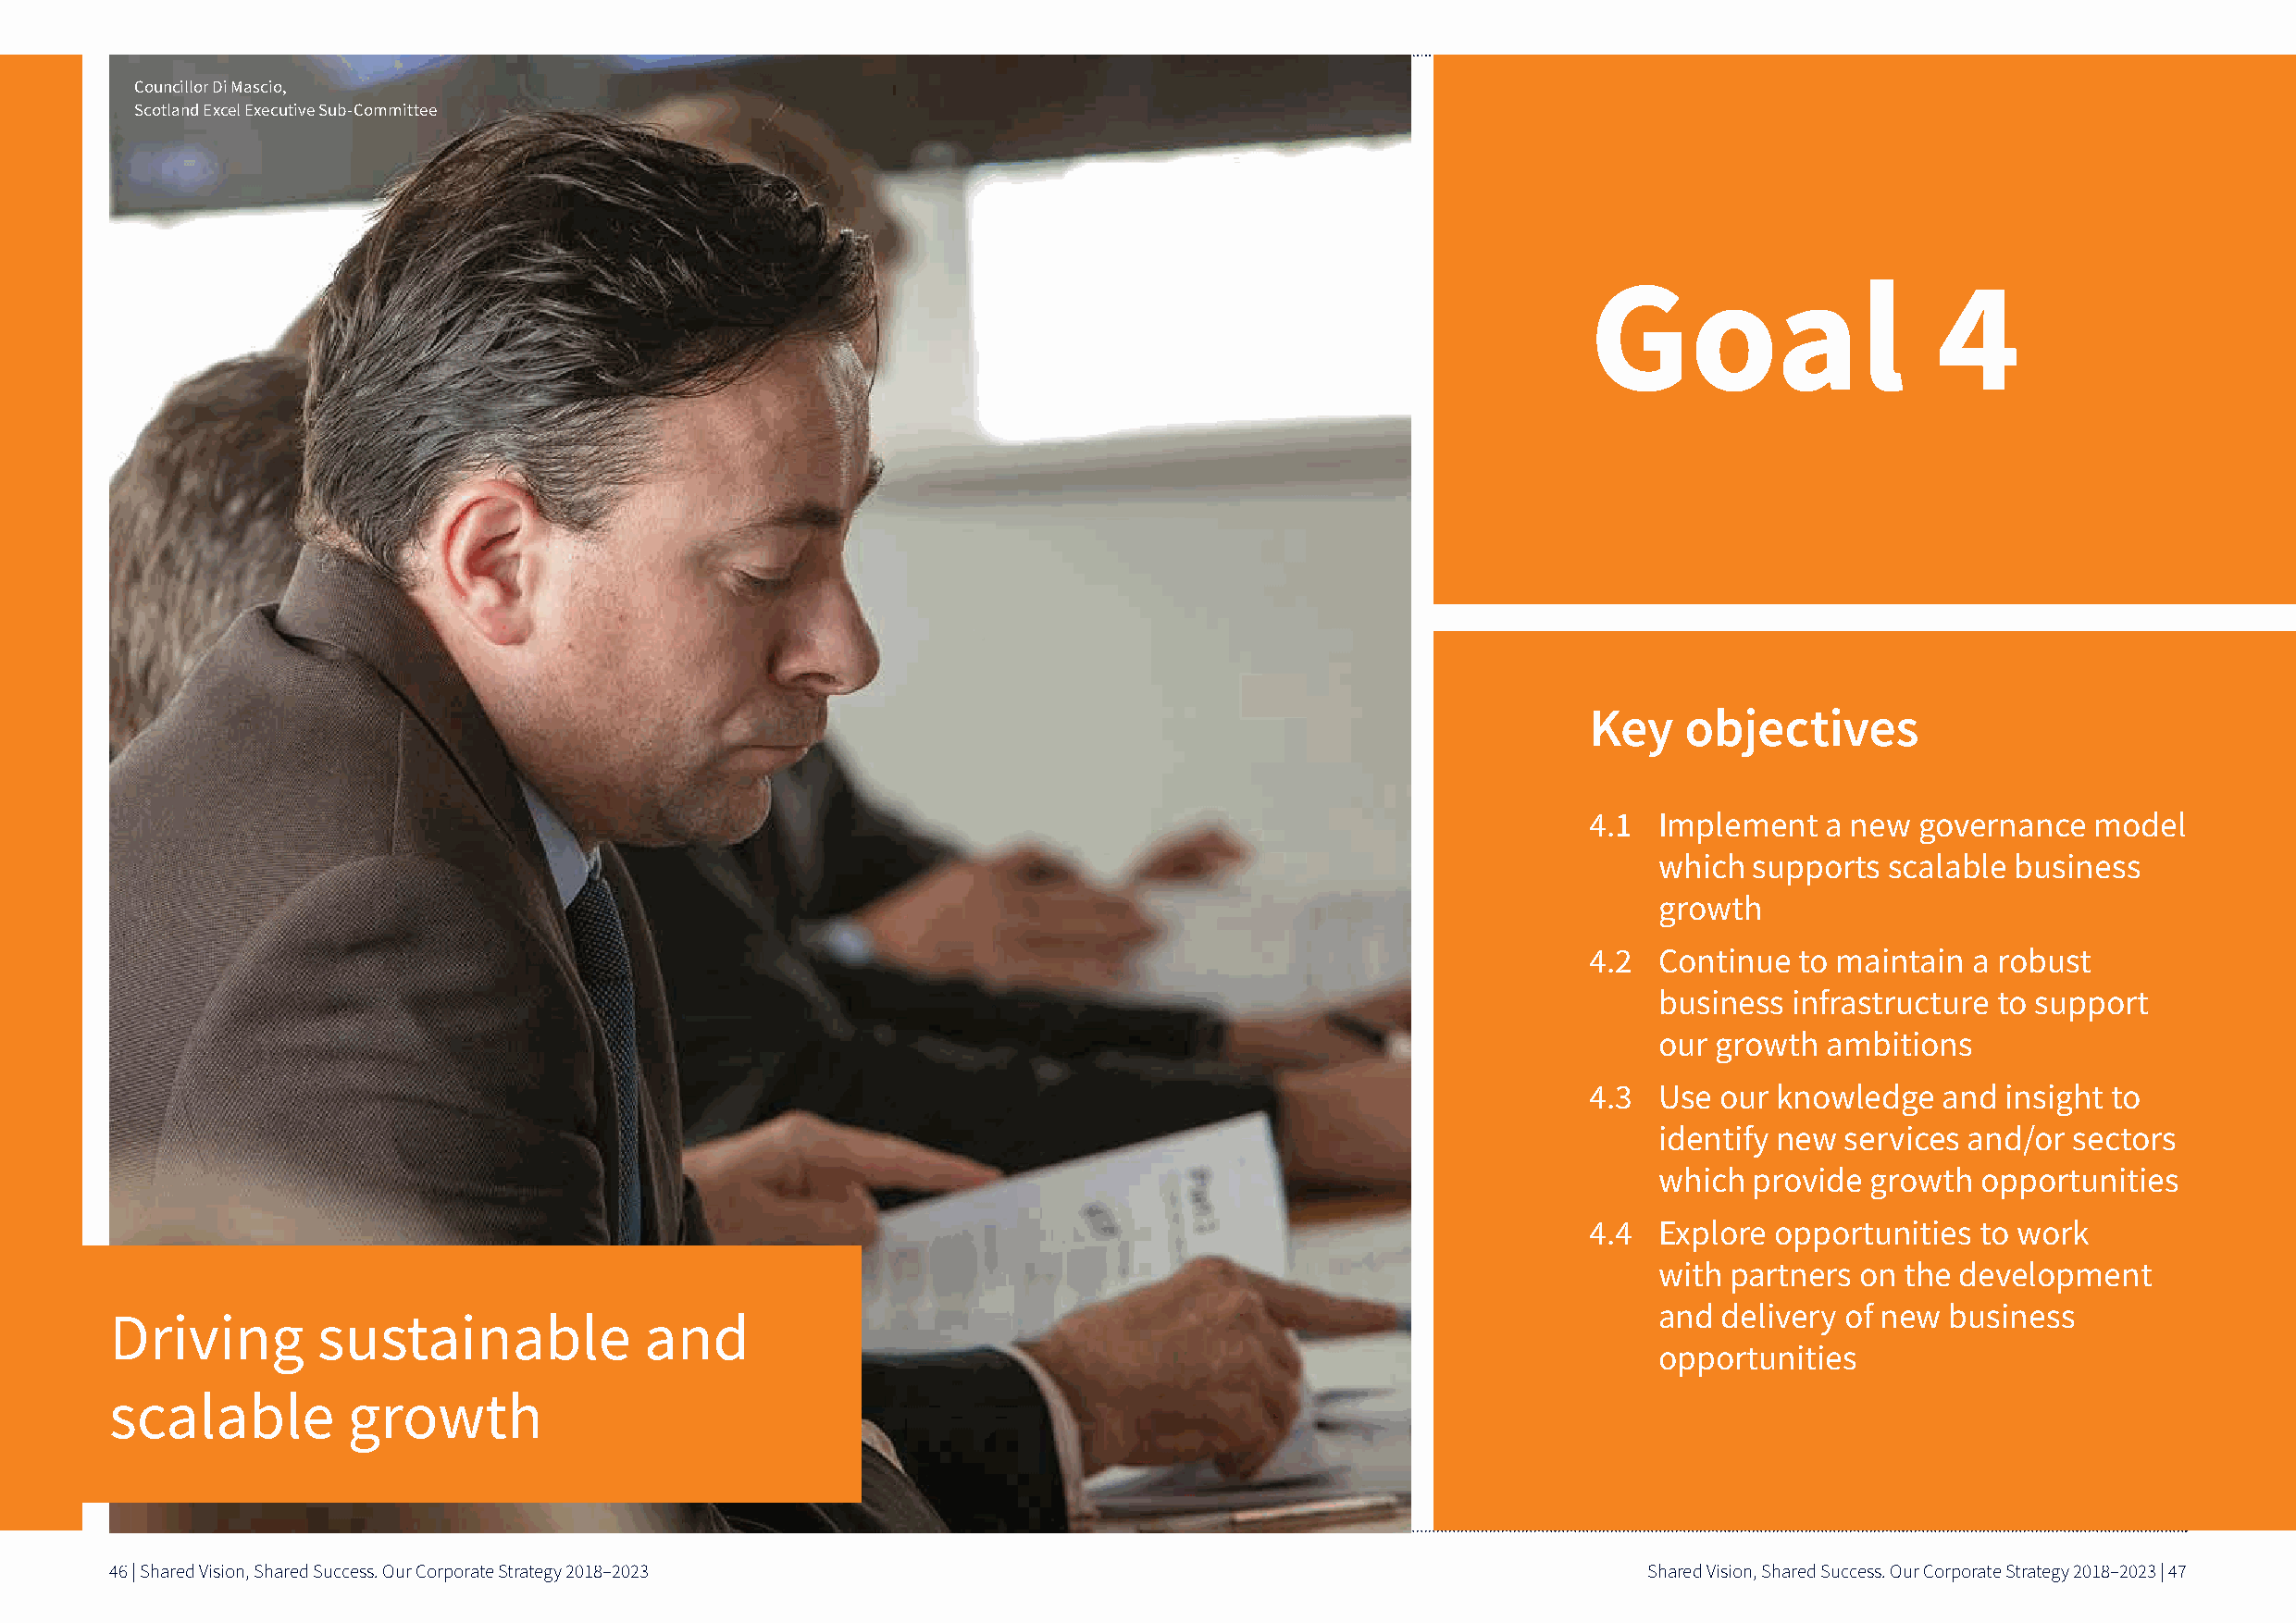
Councillor Di Mascio,
 Scotland Excel Executive Sub-Committee
 Goal                     4
 Key   objectives
 4 1  Implement   a new governance   model
 which supports  scalable business
 growth
 4 2  Continue  to maintain a robust
 business infrastructure to support
 our growth  ambitions
 4 3  Use our knowledge   and insight to
 identify new services and/or sectors
 which provide  growth  opportunities
 4 4  Explore opportunities  to work
 with partners on the development
 and delivery of new business
 Driving        sustainable            and
 opportunities
 scalable         growth
 46 | Shared Vision, Shared Success. Our Corporate Strategy 2018–2023                                          Shared Vision, Shared Success. Our Corporate Strategy 2018–2023 | 47